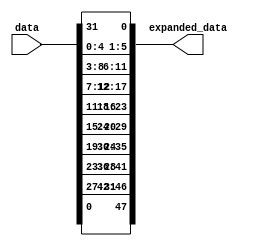
`timescale 1ns / 1ps
//////////////////////////////////////////////////////////////////////////////////
// Company: 
// Engineer: 
// 
// Design Name: 
// Module Name: expansion
// Project Name: 
// Target Devices: 
// Tool Versions: 
// Description: 
// 
// Dependencies: 
// 
// Revision:
// Revision 0.01 - File Created
// Additional Comments:
// 
//////////////////////////////////////////////////////////////////////////////////


module expansion (

    input[31:0]   data,
    output[47:0] expanded_data

);
 
// groups of 6 bits expansions //
 
/*
reg[47:0] ex;
integer i; 
integer j;
integer m;
integer n;

 
 initial begin
     
    ex[0]  = data[31];
    ex[47] = data[0];

    for (  i=0,j=1 ; i<32 & j <47  ; i=i+4,j= j+6 ) begin 
        
        ex[j]   = data[i];
        ex[j+1] = data[i+1];
        ex[j+2] = data[i+2];
        ex[j+3] = data[i+3]; 
       
    end
    
    for (  m=3,n=5 ; m<=28 & n<=42  ; m = m+4,n= n+6 ) begin 
       
       ex[n]   = data[m+1];
       ex[n+1] = data[m];

    end

 end
 
 
 assign expanded_data = ex;*/
 /*assign expanded_data[47]=data[0];
 assign expanded_data[46:42]=data[31:27];
 assign expanded_data[41:36]=data[28:23];
 assign expanded_data[35:30]=data[24:19];
 assign expanded_data[29:24]=data[20:15];
 assign expanded_data[23:18]=data[16:11];
 assign expanded_data[17:12]=data[12:7];
 assign expanded_data[11:6]=data[8:3];
 assign expanded_data[5:1]=data[4:0];
 assign expanded_data[0]=data[31];*/
  assign expanded_data[47]=data[0];
  assign expanded_data[46]=data[31];
  assign expanded_data[45]=data[30];
  assign expanded_data[44]=data[29];
  assign expanded_data[43]=data[28];
  assign expanded_data[42]=data[27];
  assign expanded_data[41]=data[28];
  assign expanded_data[40]=data[27];
  
  assign expanded_data[39]=data[26];
  assign expanded_data[38]=data[25];
  assign expanded_data[37]=data[24];
  assign expanded_data[36]=data[23];
  assign expanded_data[35]=data[24];
  assign expanded_data[34]=data[23];
  assign expanded_data[33]=data[22];
  assign expanded_data[32]=data[21];
  
  assign expanded_data[31]=data[20];
  assign expanded_data[30]=data[19];
  assign expanded_data[29]=data[20];
  assign expanded_data[28]=data[19];
  assign expanded_data[27]=data[18];
  assign expanded_data[26]=data[17];
  assign expanded_data[25]=data[16];
  assign expanded_data[24]=data[15];
  
  assign expanded_data[23]=data[16];
  assign expanded_data[22]=data[15];
  assign expanded_data[21]=data[14];
  assign expanded_data[20]=data[13];
  assign expanded_data[19]=data[12];
  assign expanded_data[18]=data[11];
  assign expanded_data[17]=data[12];
  assign expanded_data[16]=data[11];
  
  assign expanded_data[15]=data[10];
  assign expanded_data[14]=data[9];
  assign expanded_data[13]=data[8];
  assign expanded_data[12]=data[7];
  assign expanded_data[11]=data[8];
  assign expanded_data[10]=data[7];
  assign expanded_data[9]=data[6];
  assign expanded_data[8]=data[5];
  
  assign expanded_data[7]=data[4];
  assign expanded_data[6]=data[3];
  assign expanded_data[5]=data[4];
  assign expanded_data[4]=data[3];
  assign expanded_data[3]=data[2];
  assign expanded_data[2]=data[1];
  assign expanded_data[1]=data[0];
  assign expanded_data[0]=data[31];
endmodule